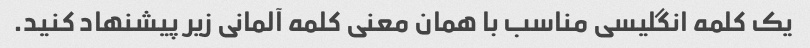
یک کلمه انگلیسی مناسب با همان معنی کلمه آلمانی زیر پیشنهاد کنید.